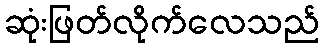
ဆုံးဖြတ်လိုက်လေသည်